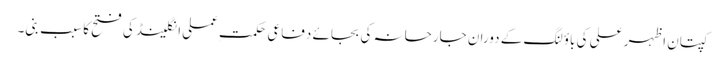
کپتان اظہر علی کی باؤلنگ کے دوران جارحانہ کی بجائے دفاعی حکمت ِعملی انگلینڈ کی فتح کا سبب بنی۔